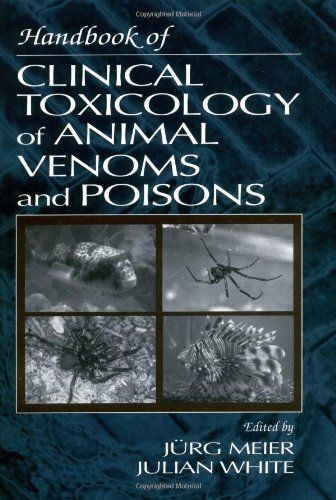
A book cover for Handbook of Clinical Toxicology of Animal Venoms and Poisons; Julian White; Medical Books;